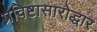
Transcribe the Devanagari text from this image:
प्रविष्टासारोद्धार